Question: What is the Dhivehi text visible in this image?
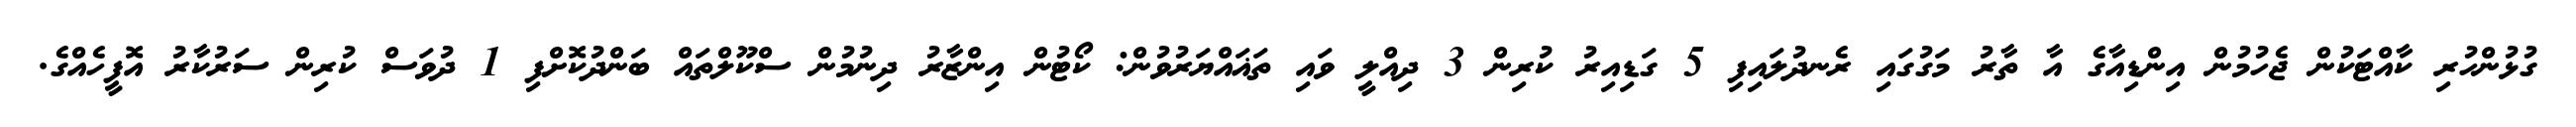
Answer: ގުޅުންހުރި ކާއްޓަކުން ޖެހުމުން އިންޑިއާގެ އާ ތާރު މަގުގައި ރެނދުލައިފި 5 ގަޑިއިރު ކުރިން 3 ދިއްލީ ވައި ތަޣައްޔަރުވުން: ކޯޓުން އިންޒާރު ދިނުމުން ސްކޫލްތައް ބަންދުކޮށްފި 1 ދުވަސް ކުރިން ސަރުކާރު އޮފީހެއްގެ.